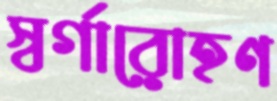
স্বর্গারোহণ